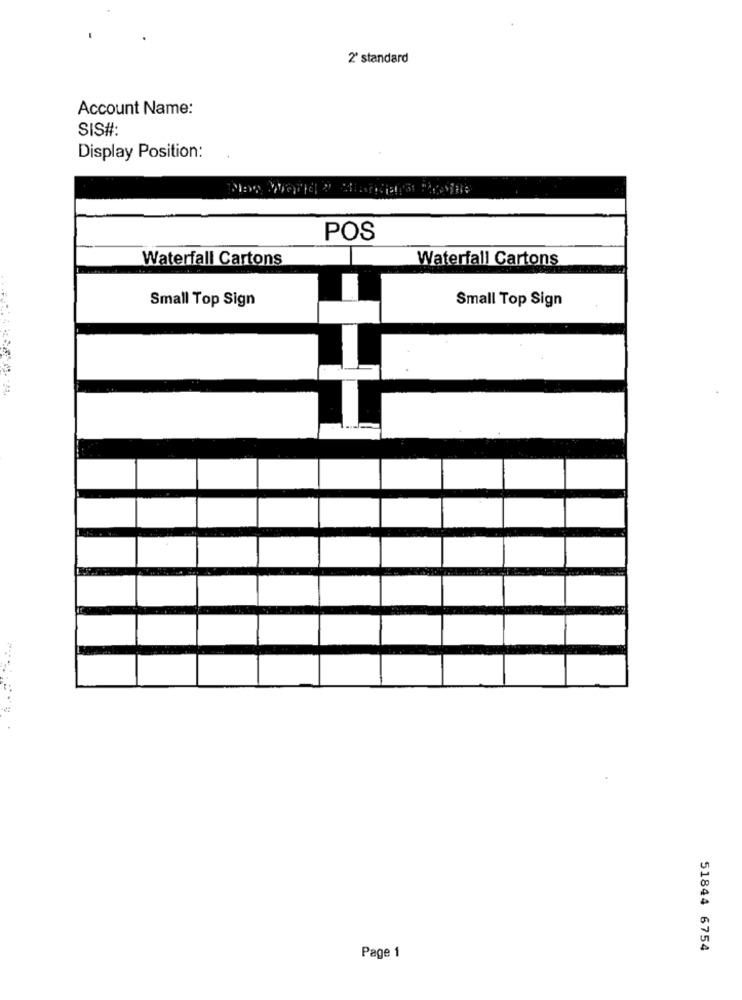
2' standard
Account Name:
SIS#:
Display Position:
POS
Waterfall Cartons
Waterfall Cartons
Small Top Sign
Small Top Sign
51844 6754
Page 1